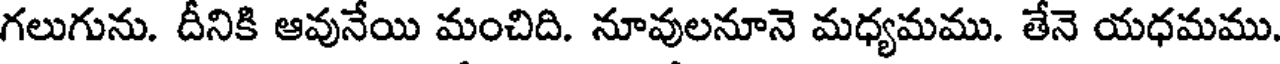
గలుగును. దీనికి ఆవునేయి మంచిది. నూవులనూనె మధ్యమము. తేనె యధమము.